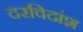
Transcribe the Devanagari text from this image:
दरविदांश